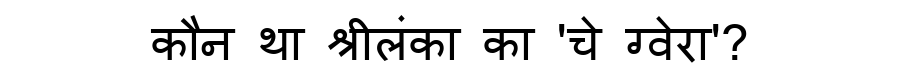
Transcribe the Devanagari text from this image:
कौन था श्रीलंका का 'चे ग्वेरा'?